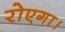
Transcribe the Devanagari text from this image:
रोएगा।